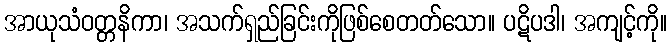
အာယုသံဝတ္တနိကာ၊ အသက်ရှည်ခြင်းကိုဖြစ်စေတတ်သော။ ပဋိပဒါ၊ အကျင့်ကို။